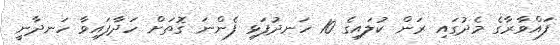
ފައްވާރާގެ މެދުގައި ރަން ކުލައިގެ 10 ހަނދުފަޅި ފެންނަ ގޮތަށް ހަދާފައިވާ ހަނދާނީ